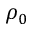
\rho _ { 0 }